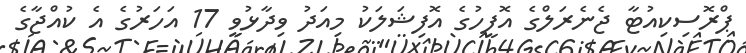
ޕްރޮސިކިއުޓާ ޖެނެރަލްގެ އޮފީހުގެ އޮފިޝަލަކު މިއަދު ވިދާޅުވީ 17 އަހަރުގެ އެ ކުއްޖާގެ